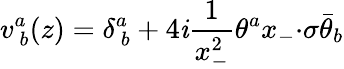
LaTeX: v_{~b}^{a}(z)=\displaystyle{\delta_{~b}^{a}+4\mathit{i}\frac{{1}}{{x_{-}^{2}}}\theta^{a}x_{-}{\cdot\sigma}\bar{{\theta}}_{b}}